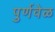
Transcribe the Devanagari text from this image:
पुर्णवेळ